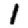
Digit: 1